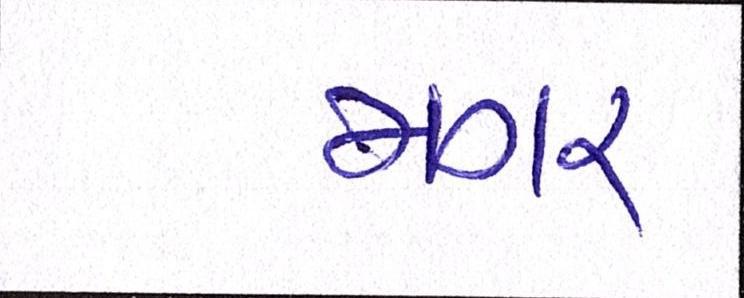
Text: મગર